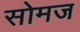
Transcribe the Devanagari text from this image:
सोमज